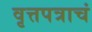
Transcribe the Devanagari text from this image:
वृत्तपत्राचं